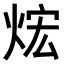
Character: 𤈻